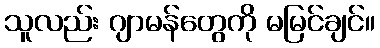
သူလည်း ဂျာမန်တွေကို မမြင်ချင်။